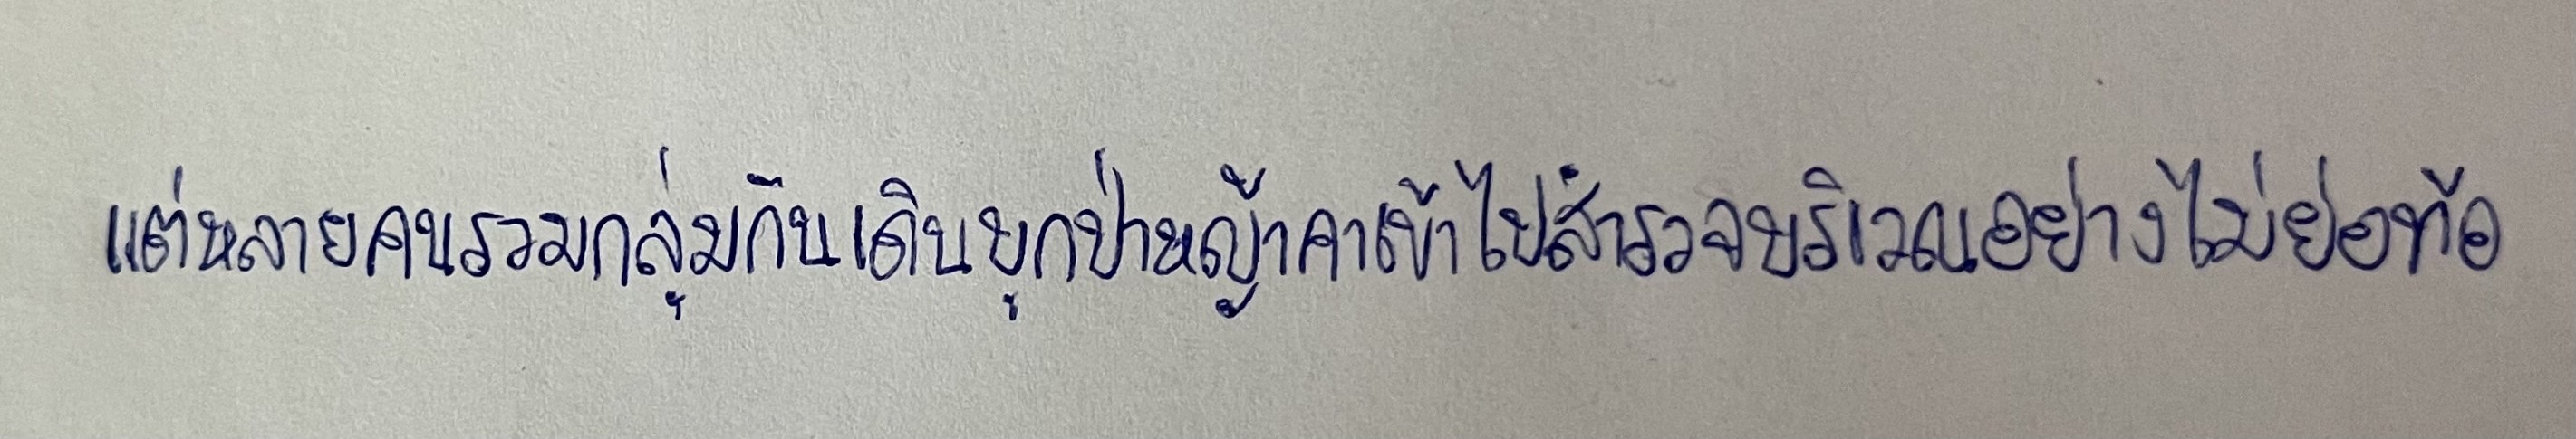
แต่หลายคนรวมกลุ่มกันเดินบุกป่าหญ้าคาเข้าไปสำรวจบริเวณอย่างไม่ย่อท้อ